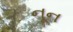
નૂન